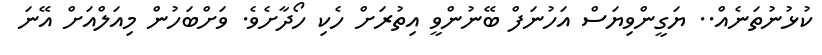
ކުޅުނުތަނެއް.. ޔަގީންވިޔަސް އަހުނަފް ބޭނުންވީ އިތުރަށް ހެކި ހޯދާށެވެ. ވަށްބަހުން މިއަލްއަށް އޭނަ